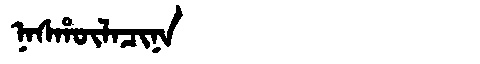
Manchu: ᠨᠠᠰᡥᡡᠯᠠᠴᡳᠨᠠ
Romanization: NASHŪLACINA